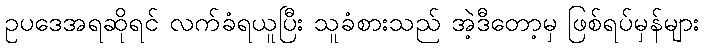
ဥပဒေအရဆိုရင် လက်ခံရယူပြီး သူခံစားသည် အဲ့ဒီတော့မှ ဖြစ်ရပ်မှန်များ